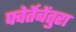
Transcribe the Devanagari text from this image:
फ्वेर्तेबेंतुरा